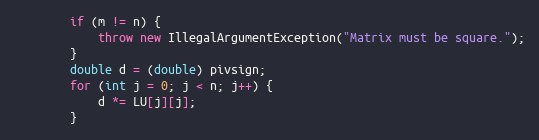
Language: Java
        if (m != n) {
            throw new IllegalArgumentException("Matrix must be square.");
        }
        double d = (double) pivsign;
        for (int j = 0; j < n; j++) {
            d *= LU[j][j];
        }